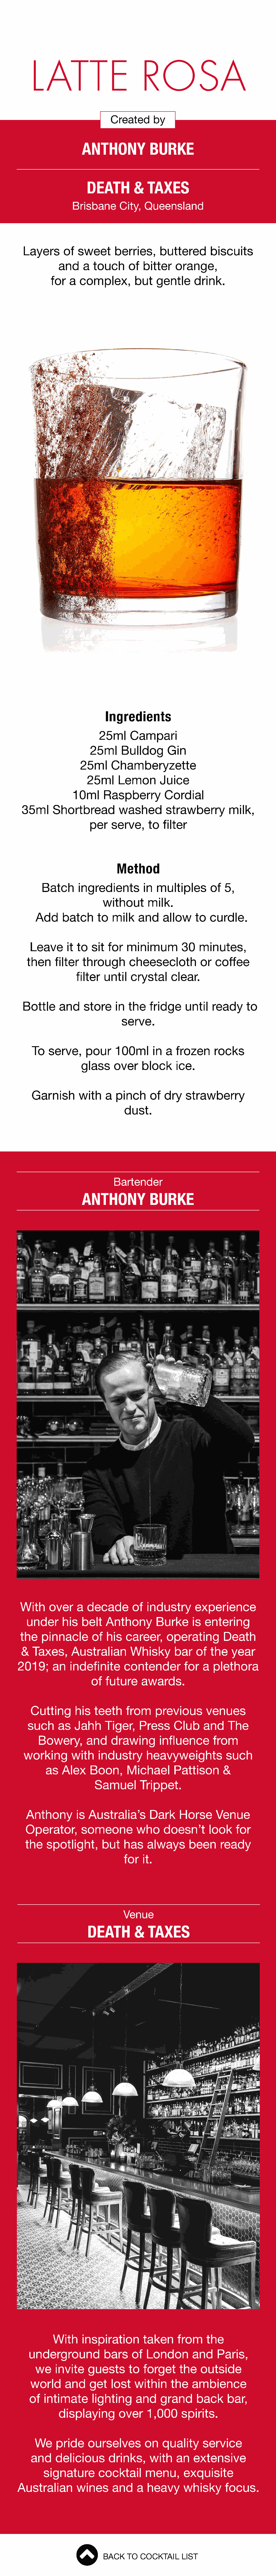
L    ATTE                        ROSA
 Created      by
 ANTHONY             BURKE
 DEATH         &   TAXES
 Brisbane       City,  Queensland
 Layers      of  sweet      berries,     buttered        biscuits
 and     a  touch     of  bitter    orange,
 for   a  complex,        but   gentle      drink.
 Ingredients
 25ml      Campari
 25ml     Bulldog       Gin
 25ml     Chamberyzette
 25ml     Lemon        Juice
 10ml      Raspberry         Cordial
 35ml      Shortbread         washed        strawberry         milk,
 per   serve,     to  filter
 Method
 Batch      ingredients         in multiples       of   5,
 without      milk.
 Add    batch      to  milk    and    allow     to  curdle.
 Leave      it to  sit  for   minimum         30   minutes,
 then    filter   through      cheesecloth           or  coffee
 filter  until   crystal     clear.
 Bottle     and    store    in  the   fridge     until   ready     to
 serve.
 To   serve,     pour     100ml      in  a  frozen      rocks
 glass     over    block     ice.
 Garnish       with    a  pinch      of  dry   strawberry
 dust.
 Bartender
 ANTHONY             BURKE
 With     over    a  decade       of   industry      experience
 under     his   belt   Anthony        Burke      is  entering
 the   pinnacle       of   his  career,      operating       Death
 &   Taxes,     Australian        Whisky       bar   of   the   year
 2019;      an   indefinite      contender         for  a  plethora
 of  future     awards.
 Cutting      his   teeth    from     previous       venues
 such     as   Jahh     Tiger,    Press      Club    and     The
 Bowery,        and    drawing       influence       from
 working       with    industry      heavyweights            such
 as  Alex     Boon,      Michael       Pattison      &
 Samuel        Trippet.
 Anthony        is Australia’s       Dark     Horse      Venue
 Operator,       someone          who     doesn’t      look    for
 the    spotlight,      but    has    always      been     ready
 for  it.
 Venue
 DEATH         &   TAXES
 With    inspiration        taken     from    the
 underground            bars    of  London        and    Paris,
 we    invite    guests      to   forget    the    outside
 world     and     get   lost   within     the   ambience
 of  intimate      lighting     and     grand     back      bar,
 displaying        over     1,000     spirits.
 We     pride    ourselves        on   quality     service
 and    delicious       drinks,     with    an   extensive
 signature       cocktail      menu,       exquisite
 Australian        wines     and     a  heavy      whisky      focus.
 BACK   TO  COCKTAIL    LIST